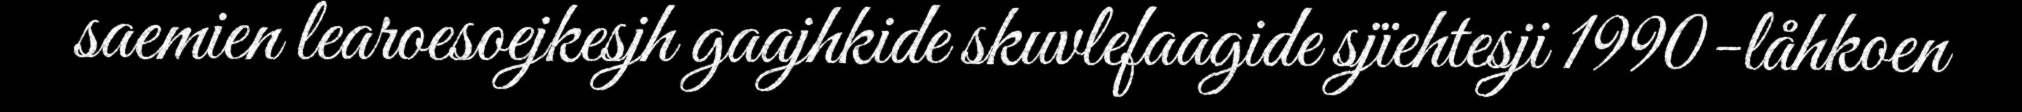
saemien learoesoejkesjh gaajhkide skuvlefaagide sjïehtesji 1990-låhkoen